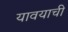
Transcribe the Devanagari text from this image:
यावयाची